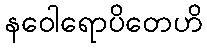
နဝေါရောပိတေဟိ